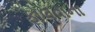
ફોલવાના